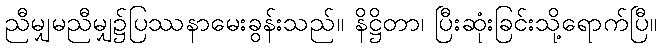
ညီမျှမညီမျှ၌ပြဿနာမေးခွန်းသည်။ နိဋ္ဌိတာ၊ ပြီးဆုံးခြင်းသို့ရောက်ပြီ။